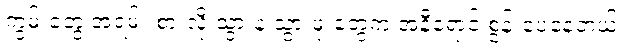
ကွမ်းတွေ အရမ်း စားလို့ သွားနဲ့ သွားဖုံးတွေက အနီရောင် စွန်းပေနေတယ်။